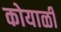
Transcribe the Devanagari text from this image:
कोयाळी